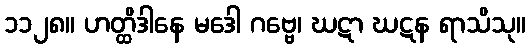
၁၁၂၈။ ဟတ္ထိဒါနေ မဒေါ ဂဗ္ဗေ၊ ဃဋာ ဃဋန ရာသိသု။